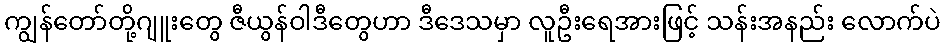
ကျွန်တော်တို့ဂျူးတွေ ဇီယွန်ဝါဒီတွေဟာ ဒီဒေသမှာ လူဦးရေအားဖြင့် သန်းအနည်း လောက်ပဲ